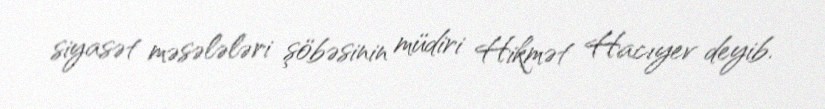
siyasət məsələləri şöbəsinin müdiri Hikmət Hacıyev deyib.